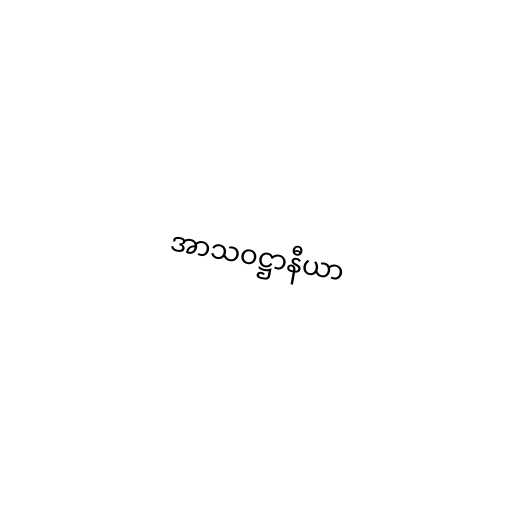
အာသဝဋ္ဌာနီယာ